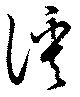
謑